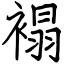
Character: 褟